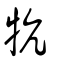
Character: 牨